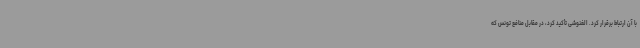
با آن ارتباط برقرار کرد. الغنوشی تأکید کرد، در مقابل منافع تونس که